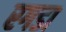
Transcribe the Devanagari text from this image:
रगडा